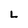
Character: L